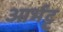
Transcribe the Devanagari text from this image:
आर्भट्ट